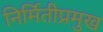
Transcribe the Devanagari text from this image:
निर्मितीप्रमुख